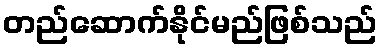
တည်ဆောက်နိုင်မည်ဖြစ်သည်